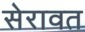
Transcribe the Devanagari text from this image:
सेरावत